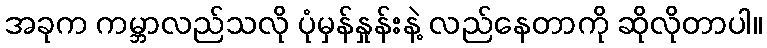
အခုက ကမ္ဘာလည်သလို ပုံမှန်နှုန်းနဲ့ လည်နေတာကို ဆိုလိုတာပါ။